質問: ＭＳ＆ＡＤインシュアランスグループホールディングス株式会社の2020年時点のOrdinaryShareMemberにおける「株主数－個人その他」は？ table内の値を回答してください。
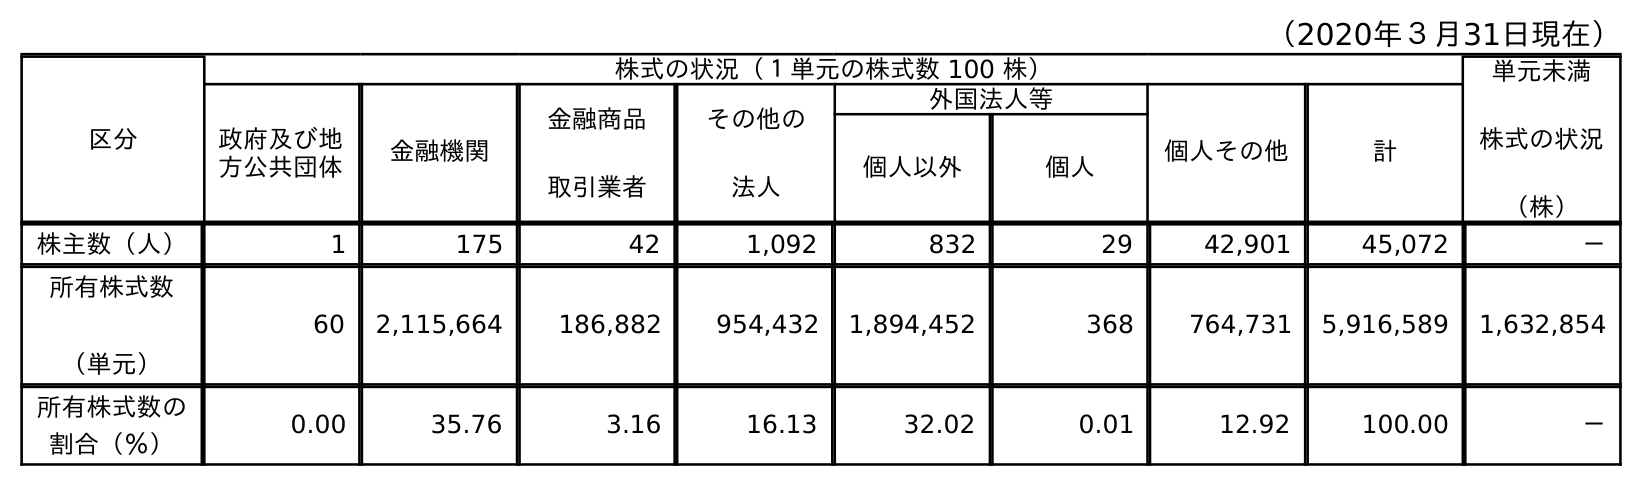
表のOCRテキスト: （2020年３月31日現在） 区分 株式の状況（１単元の株式数 100 株） 単元未満 株式の状況 （株） 政府及び地 方公共団体 金融機関 金融商品 取引業者 その他の 法人 外国法人等 個人その他 計 個人以外 個人 株主数（人） 1 175 42 1,092 832 29 42,901 45,072 － 所有株式数 （単元） 60 2,115,664 186,882 954,432 1,894,452 368 764,731 5,916,589 1,632,854 所有株式数の 割合（％） 0.00 35.76 3.16 16.13 32.02 0.01 12.92 100.00 －
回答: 42,901